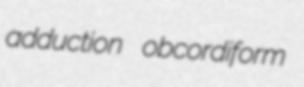
adduction obcordiform